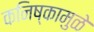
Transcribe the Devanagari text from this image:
कनिष्कामुळे